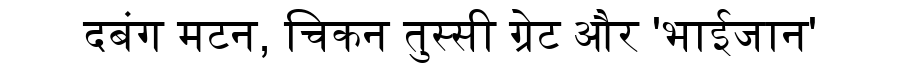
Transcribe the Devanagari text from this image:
दबंग मटन, चिकन तुस्सी ग्रेट और 'भाईजान'